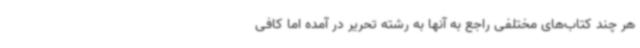
هر چند کتاب‌های مختلفی راجع به آنها به رشته تحریر در آمده اما کافی